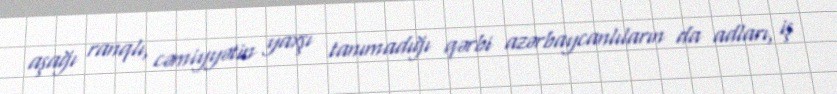
aşağı ranqlı, cəmiyyətin yaxşı tanımadığı qərbi azərbaycanlıların da adları, iş